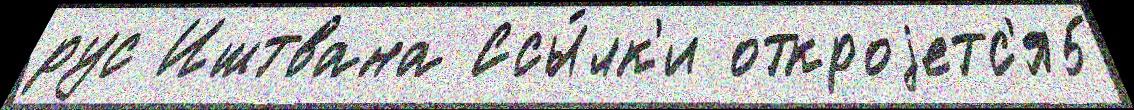
рус Иштвана Ссы́лк'и откроjетс'я5